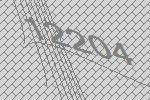
12204